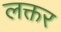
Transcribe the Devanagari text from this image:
लक्तर